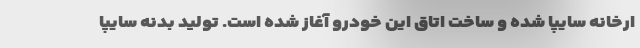
ارخانه سایپا شده و ساخت اتاق این خودرو آغاز شده است. تولید بدنه سایپا